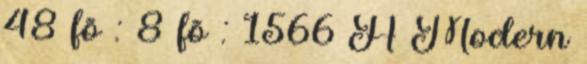
48 fõ : 8 fõ : 1566 A Modern